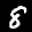
Label: 8